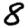
Digit: 8